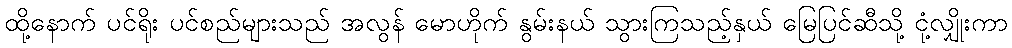
ထို့နောက် ပင်ရိုး ပင်စည်များသည် အလွန် မောဟိုက် နွမ်းနယ် သွားကြသည့်နှယ် မြေပြင်ဆီသို့ ငုံ့လျှိုးကာ